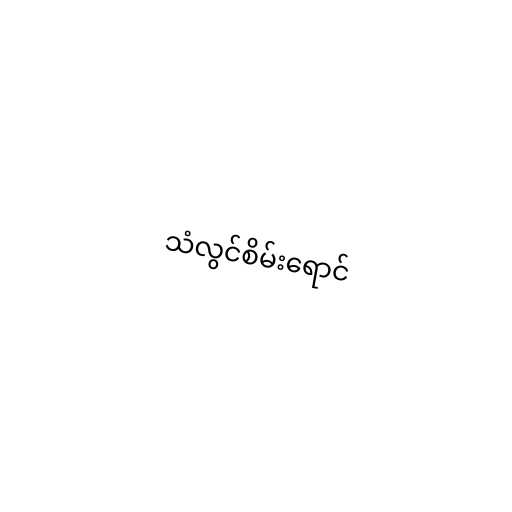
သံလွင်စိမ်းရောင်